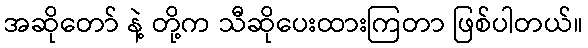
အဆိုတော် နဲ့ တို့က သီဆိုပေးထားကြတာ ဖြစ်ပါတယ်။